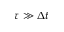
\tau \gg \Delta t